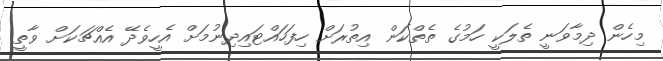
މިހެން ދިމާވަނީ ތެލަކީ ހަމުގެ ތެތްކަން އިތުރަށް ހިފަހައްޓައިދިނުމަށް އެހީވެދޭ އެއްޗަކަށް ވާތީ